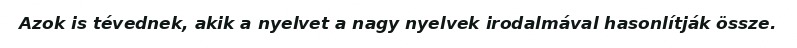
Azok is tévednek, akik a nyelvet a nagy nyelvek irodalmával hasonlítják össze.